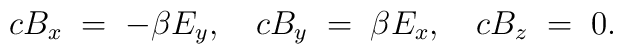
c B_x \; = \; - \beta E_y , \quad c B_y \; = \; \beta E_x , \quad c B_z \; = \; 0 .